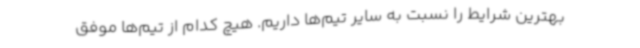
بهترین شرایط را نسبت به سایر تیم‌ها داریم. هیچ کدام از تیم‌ها موفق